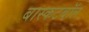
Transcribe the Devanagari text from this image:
बास्कटबॉल